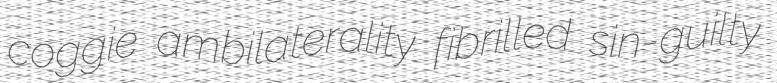
coggie ambilaterality fibrilled sin-guilty